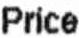
PRICE